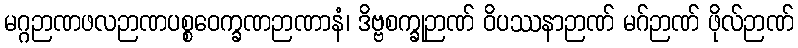
မဂ္ဂဉာဏဖလဉာဏပစ္စဝေက္ခဏဉာဏာနံ၊ ဒိဗ္ဗစက္ခုဉာဏ် ဝိပဿနာဉာဏ် မဂ်ဉာဏ် ဖိုလ်ဉာဏ်